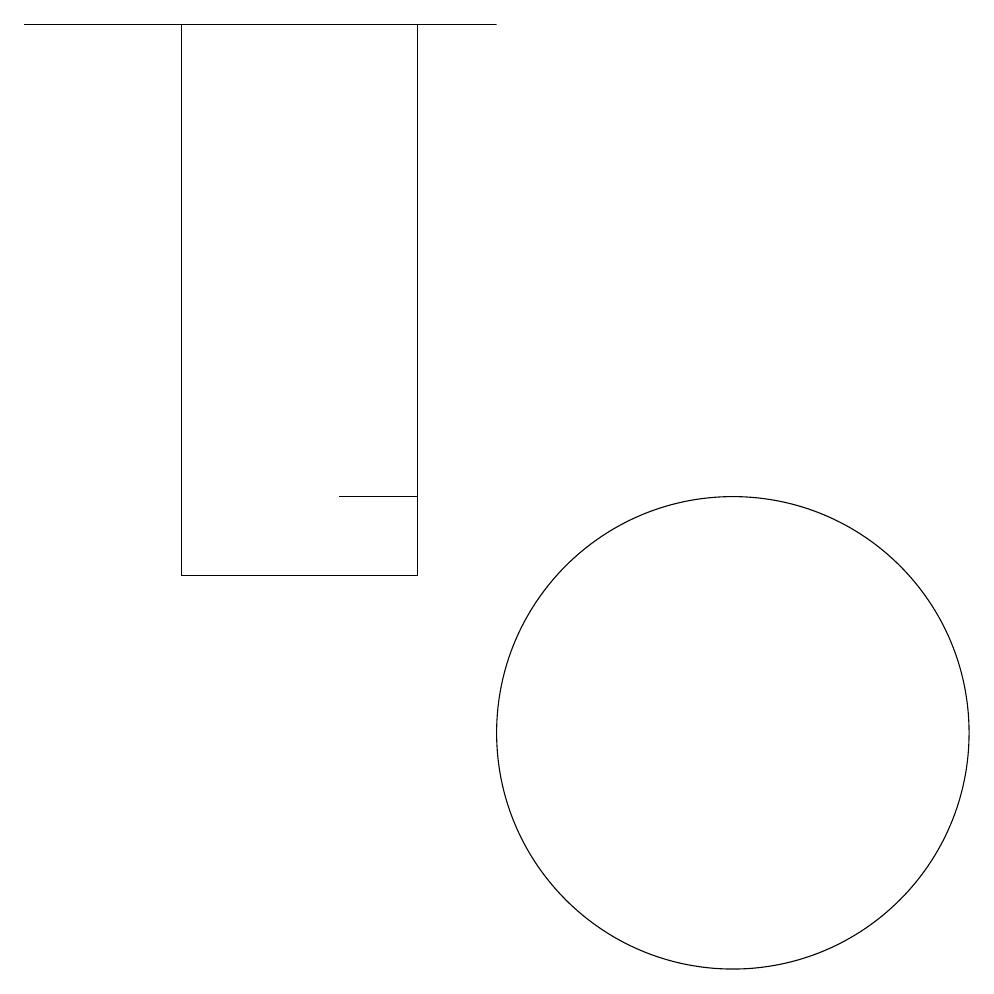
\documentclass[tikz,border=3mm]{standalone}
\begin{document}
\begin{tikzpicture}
\draw (6,13) rectangle (7,13);
\draw (4,12) rectangle (7,19);
\draw (2,19) rectangle (8,19);
\draw (11,10) circle (3);
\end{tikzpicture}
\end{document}